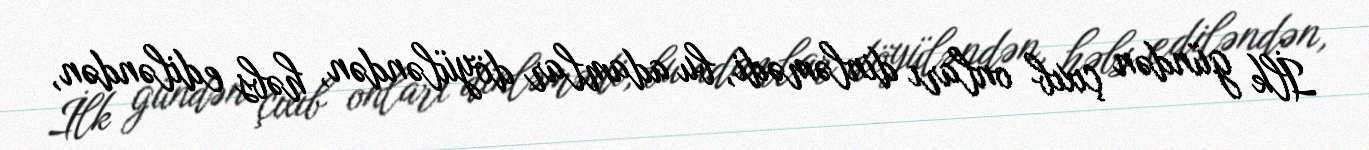
İlk gündən çıxıb onları dinləmədi, bu adamlar döyüləndən, həbs ediləndən,